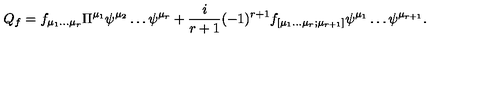
Q _ { f } = f _ { \mu _ { 1 } \dots \mu _ { r } } \Pi ^ { \mu _ { 1 } } \psi ^ { \mu _ { 2 } } \dots \psi ^ { \mu _ { r } } + \frac { i } { r + 1 } ( - 1 ) ^ { r + 1 } f _ { [ \mu _ { 1 } \dots \mu _ { r } ; \mu _ { r + 1 } ] } \psi ^ { \mu _ { 1 } } \dots \psi ^ { \mu _ { r + 1 } } . \nonumber